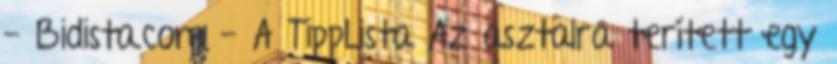
- Bidista.com - A TippLista Az asztalra terített egy